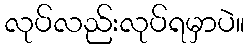
လုပ်လည်းလုပ်ရမှာပဲ။